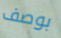
بوصف